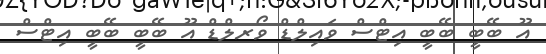
އޫ ބޭބީ ބޭބީ އިޓްސް ވައިލްޑް ވޯރލްޑް އޫ ބޭބީ ބޭބީ އިޓްސް